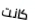
كانت